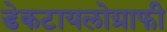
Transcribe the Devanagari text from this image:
डेकटायलोग्राफी